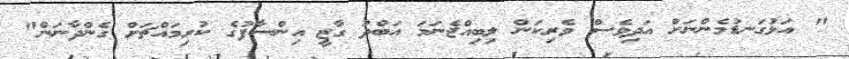
" އަޅުގަނޑުމެންނަށް އަދިވެސް ވެރިކަން ލިބިއްޖެނަމަ އަބްދު ގާޒީ އިންސާފުގެ ކުރިމައްޗަށް ގެންދާނަން"